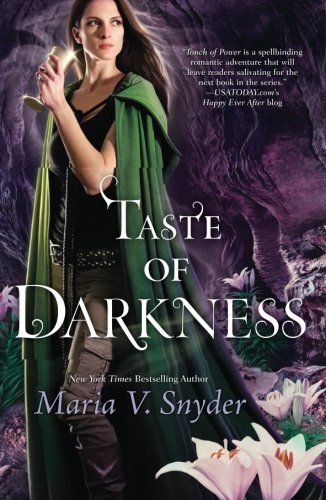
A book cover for Taste of Darkness (Healer); Maria V. Snyder; Romance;